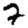
Digit: 7